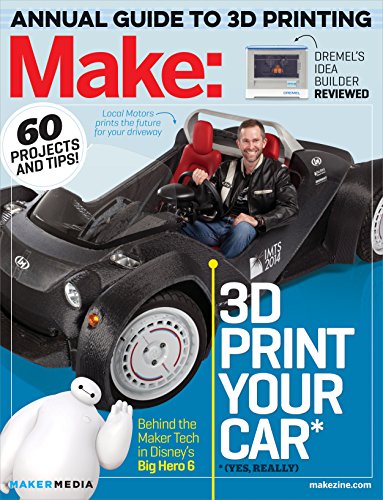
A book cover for Make: Technology on Your Time Volume 42: 3D Printer Buyer's Guide; Computers & Technology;